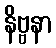
နိဗ္ဗနာ